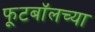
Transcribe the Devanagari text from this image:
फूटबॉलच्या